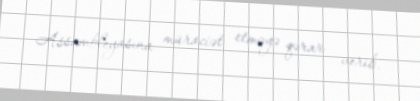
Assambleyasına müraciət etməyə qərar verib.